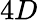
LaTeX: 4D